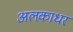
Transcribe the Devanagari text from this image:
अलकाधर